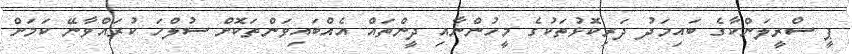
ޕީ ސްރީލަންކާގެ ބައިމަދު ދަރިކޮޅުތަކުގެ މީހުންނާއި ދީންތައް އެއްބައިވަންތަކޮށް ސުލްހަ ކުރައްވާނޭ ކަމަށް